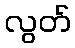
လွတ်